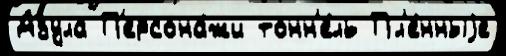
Азула П'ерсона́жи тонн'е́ль Пл'е́нныjе